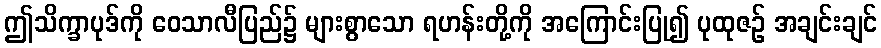
ဤသိက္ခာပုဒ်ကို ဝေသာလီပြည်၌ များစွာသော ရဟန်းတို့ကို အကြောင်းပြု၍ ပုထုဇဉ် အချင်းချင်